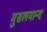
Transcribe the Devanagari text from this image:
मुसलमान्द